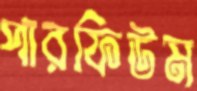
পারফিউম